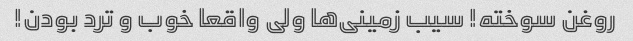
روغن سوخته! سیب زمینی‌ها ولی واقعا خوب و ترد بودن!